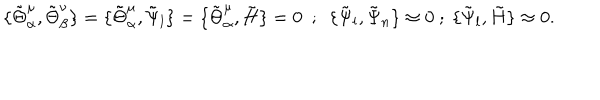
LaTeX: \{ \tilde { \Theta } _ { \alpha } ^ { \mu } , \tilde { \Theta } _ { \beta } ^ { \nu } \} = \{ \tilde { \Theta } _ { \alpha } ^ { \mu } , \tilde { \Psi } _ { l } \} = \{ \tilde { \Theta } _ { \alpha } ^ { \mu } , \tilde { H } \} = 0 ~ ~ ; ~ ~ \{ \tilde { \Psi } _ { l } , \tilde { \Psi } _ { n } \} \approx 0 ~ ; ~ \{ \tilde { \Psi } _ { l } , \tilde { H } \} \approx 0 .